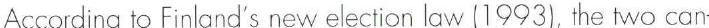
According to Finland's new election law (1993), the two can